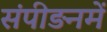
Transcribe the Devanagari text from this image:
संपीड़नमें